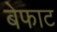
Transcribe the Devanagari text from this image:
बेफाट